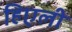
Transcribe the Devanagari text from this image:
हिएली